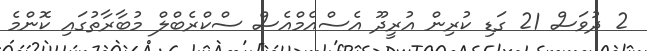
2 ދުވަސް 21 ގަޑި ކުރިން އުރީދޫ އެސްއެމްއެސް ސްކްރެބްލް މުބާރާތުގައި ކޮންމެ